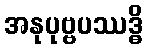
အနုပုဗ္ဗပဿဒ္ဓိ